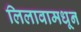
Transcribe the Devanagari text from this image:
लिलावामधून